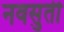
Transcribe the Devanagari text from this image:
नवसुती